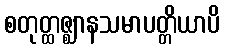
စတုတ္ထဇ္ဈာနသမာပတ္တိယာပိ